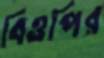
বিওপির